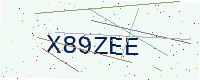
Text: X89ZEE